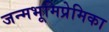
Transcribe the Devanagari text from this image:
जन्मभूमिप्रेमिका